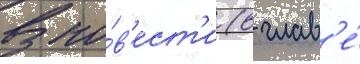
В по́в'ест'и (в глав'е́